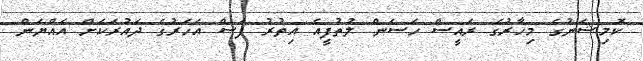
ކޮމިޝަނުގެ މިހާރުގެ ރައީސް ހަސަން ލުތުފީއެ އިތުރު ފަސް އަހަރުގެ ދައުރަކަށް އައްޔަން